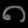
Digit: ၈